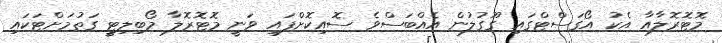
މޮޓޮރޮލާއާ އެކު އޯގަސްޓްގައި ގޫގުލުން އެއްބަސްވެ ސޮއިކޮށްފައި ވަނީ މޮޓޮރޮލާ މޯބިލިޓީ ގަތުމަށްޓަކައި